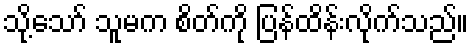
သို့သော် သူမက စိတ်ကို ပြန်ထိန်းလိုက်သည်။